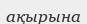
ақырына